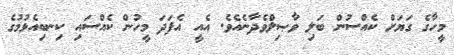
މީހާގެ ގަޔަށް ކެއްސުން ބަލި ވާޞިލްވެދާނެއެވެ. އެއީ އެފަދަ މީހުން ކެއްސައި ކިނބިއެޅުމުގެ